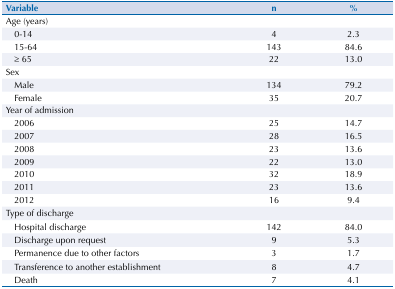
| Variable | n | % |
 | --- | --- | --- |
 | <COLSPAN=3> Age (years) |
 | 0-14 | 4 | 2.3 |
 | 15-64 | 143 | 84.6 |
 | ≥ 65 | 22 | 13.0 |
 | Sex |  |  |
 | Male | 134 | 79.2 |
 | Female | 35 | 20.7 |
 | <COLSPAN=3> Year of admission |
 | 2006 | 25 | 14.7 |
 | 2007 | 28 | 16.5 |
 | 2008 | 23 | 13.6 |
 | 2009 | 22 | 13.0 |
 | 2010 | 32 | 18.9 |
 | 2011 | 23 | 13.6 |
 | 2012 | 16 | 9.4 |
 | <COLSPAN=3> Type of discharge |
 | Hospital discharge | 142 | 84.0 |
 | Discharge upon request | 9 | 5.3 |
 | Permanence due to other factors | 3 | 1.7 |
 | Transference to another establishment | 8 | 4.7 |
 | Death | 7 | 4.1 |